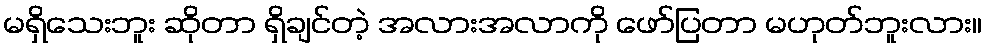
မရှိသေးဘူး ဆိုတာ ရှိချင်တဲ့ အလားအလာကို ဖော်ပြတာ မဟုတ်ဘူးလား။